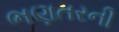
ભણતરની